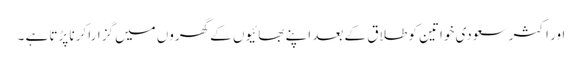
اور اکثر سعودی خواتین کو طلاق کے بعد اپنے بھائیوں کے گھروں میں گزارا کرنا پڑتا ہے ۔